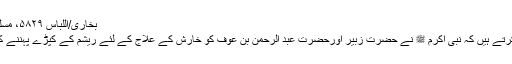
بخاری/اللباس ۵۸۲۹، مسلم /اللباس والزینہ ۲۰۶۹
حضرت انس ؓ روایت کرتے ہیں کہ نبی اکرم ﷺ نے حضرت زبیرؓ اورحضرت عبد الرحمن بن عوفؓ کو خارش کے علاج کے لئے ریشم کے کپڑے پہننے کی اجازت عطا فرمائی۔